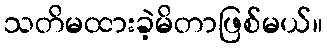
သတိမထားခဲ့မိတာဖြစ်မယ်။